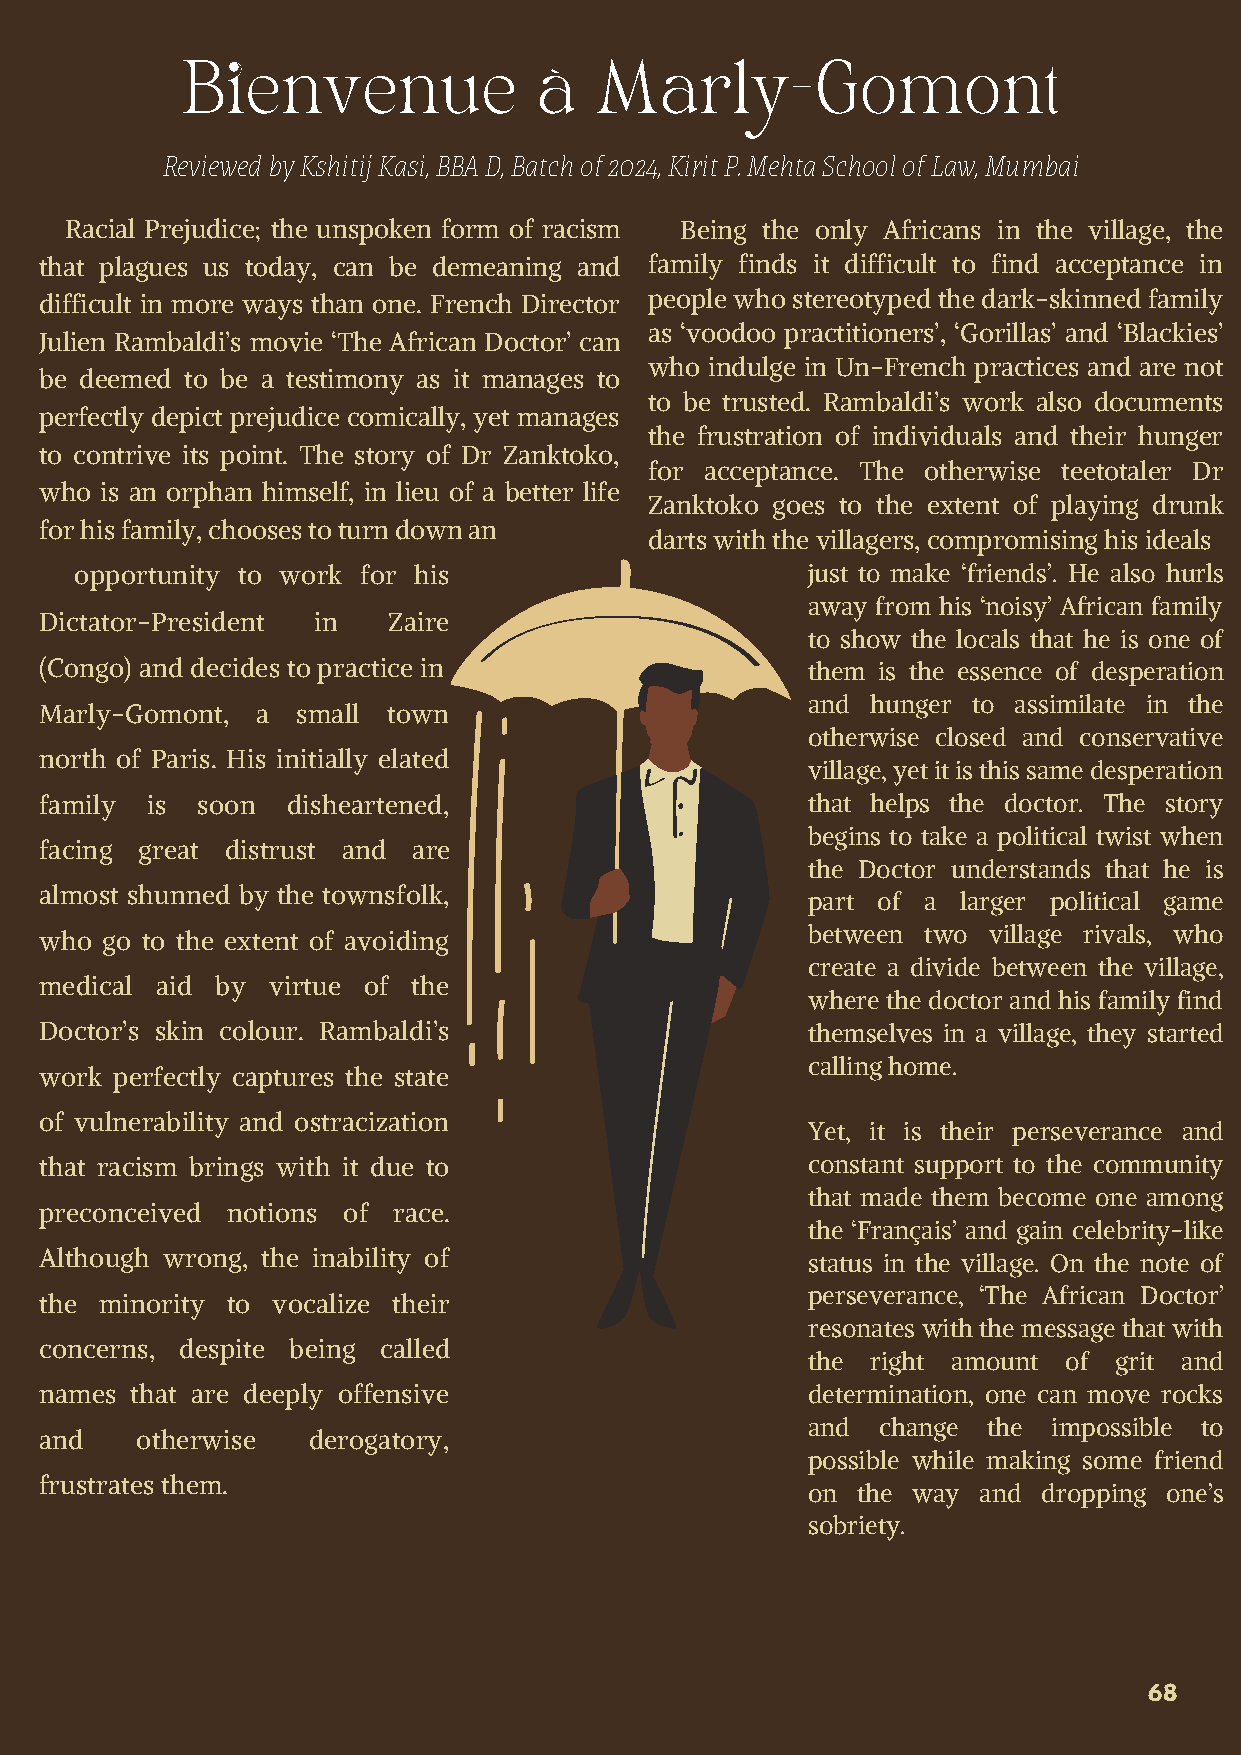
Bienvenue              à   Marly-Gomont
 Reviewed by Kshitij Kasi, BBA D, Batch of 2024, Kirit P. Mehta School of Law, Mumbai
 Racial Prejudice; the unspoken form of racism Being the only Africans in the village, the
 that plagues us today, can be demeaning and family finds it difficult to find acceptance in
 difficult in more ways than one. French Director people who stereotyped the dark-skinned family
 as ‘voodoo practitioners’, ‘Gorillas’ and ‘Blackies’
 Julien Rambaldi’s movie ‘The African Doctor’ can
 who indulge in Un-French practices and are not
 be deemed to be a testimony as it manages to
 to be trusted. Rambaldi’s work also documents
 perfectly depict prejudice comically, yet manages
 the frustration of individuals and their hunger
 to contrive its point. The story of Dr Zanktoko,
 for acceptance. The otherwise teetotaler Dr
 who is an orphan himself, in lieu of a better life
 Zanktoko goes to the extent of playing drunk
 for his family, chooses to turn down an
 darts with the villagers, compromising his ideals
 opportunity to work for his                     just to make ‘friends’. He also hurls
 away from his ‘noisy’ African family
 Dictator-President in  Zaire
 to show the locals that he is one of
 (Congo) and decides to practice in                them is the essence of desperation
 and  hunger to assimilate in the
 Marly-Gomont, a  small town
 otherwise closed and conservative
 north of Paris. His initially elated
 village, yet it is this same desperation
 family is soon  disheartened,                     that helps the doctor. The story
 begins to take a political twist when
 facing great distrust and are
 the Doctor understands that he is
 almost shunned by the townsfolk,
 part of a  larger political game
 who go to the extent of avoiding                  between two village rivals, who
 create a divide between the village,
 medical aid by virtue of the
 where the doctor and his family find
 Doctor’s skin colour. Rambaldi’s                  themselves in a village, they started
 calling home.
 work perfectly captures the state
 of vulnerability and ostracization
 Yet, it is their perseverance and
 that racism brings with it due to                 constant support to the community
 that made them become one among
 preconceived notions of race.
 the ‘Français’ and gain celebrity-like
 Although wrong, the inability of                  status in the village. On the note of
 perseverance, ‘The African Doctor’
 the minority to vocalize their
 resonates with the message that with
 concerns, despite being called
 the  right amount of grit and
 names that are deeply offensive                   determination, one can move rocks
 and  change the  impossible to
 and   otherwise  derogatory,
 possible while making some friend
 frustrates them.
 on  the way and dropping one’s
 sobriety.
 68